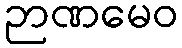
ဉာဏမေဝ